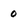
Character: 0